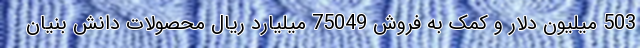
503 میلیون دلار و کمک به فروش 75049 میلیارد ریال محصولات دانش بنیان